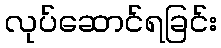
လုပ်ဆောင်ရခြင်း